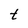
Character: t